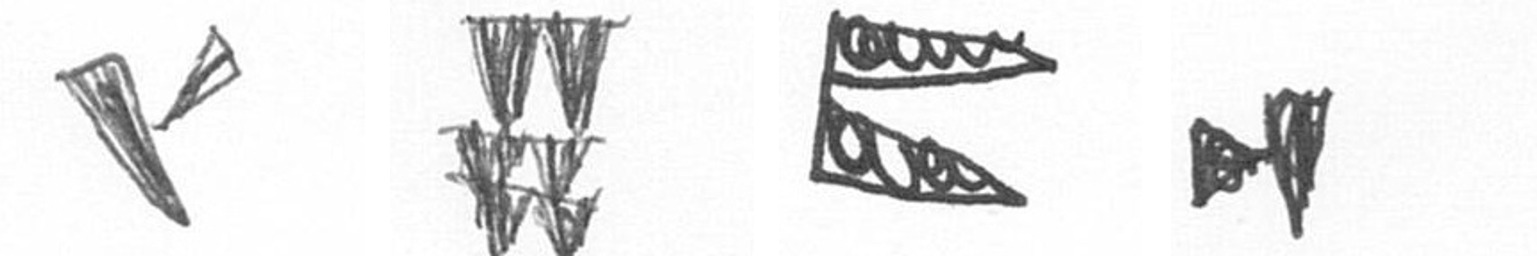
F Y P M